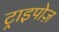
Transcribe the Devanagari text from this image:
ट्राइपोज़